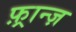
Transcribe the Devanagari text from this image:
फ़्रान्ज़